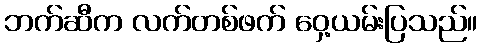
ဘက်ဆီက လက်တစ်ဖက် ဝှေ့ယမ်းပြသည်။